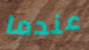
عندما